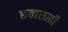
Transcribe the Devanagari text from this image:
छतासाठी